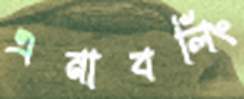
এনাবলিং